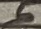
Text: 5